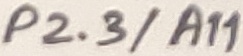
Text: P2.3/A11